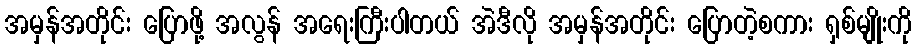
အမှန်အတိုင်း ပြောဖို့ အလွန် အရေးကြီးပါတယ် အဲဒီလို အမှန်အတိုင်း ပြောတဲ့စကား ရှစ်မျိုးကို